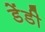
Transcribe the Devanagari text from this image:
डेंडी